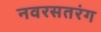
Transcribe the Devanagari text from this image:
नवरसतरंग